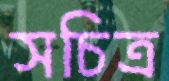
সচিত্র